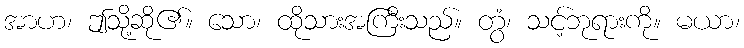
အာဟ၊ ဤသို့ဆို၏။ သော၊ ထိုသားအကြီးသည်။ တွံ၊ သင့်ဘုရားကို။ မယာ၊